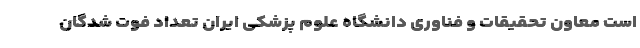
است معاون تحقیقات و فناوری دانشگاه علوم پزشکی ایران تعداد فوت شدگان